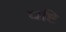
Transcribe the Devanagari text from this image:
द्यष्टि